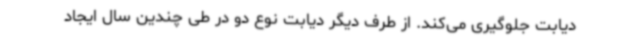
دیابت جلوگیری می‌کند. از طرف دیگر دیابت نوع دو در طی چندین سال ایجاد